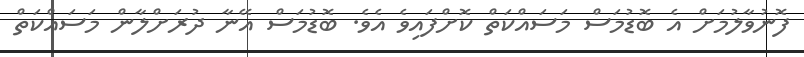
ފޮނުވާލުމަށް އެ ބޮޑުމަސް މަސައްކަތް ކޮށްފައިވެ އެވެ. ބޮޑުމަސް އޭނާ ދުރަށްލާން މަސައްކަތް